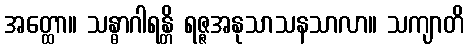
အတ္ထော။ သန္ဓာဂါရန္တိ ရဇ္ဇအနုသာသနသာလာ။ သကျာတိ